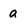
Character: a